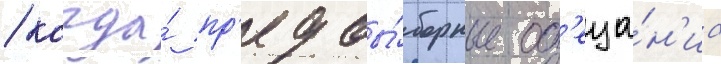
/ когда́ пр'едвы́борные об'еща́н'иа